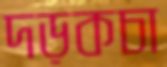
দড়কচা